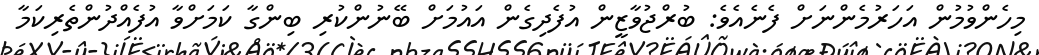
މިހެންވުމުން އަހަރުމެންނަށް ފެނެއެވެ: ބުރްޖުވާޒީން އުފެދިގެން އައުމަށް ބޭނުންކުރި ބިންގާ ކަމަށްވާ އުފެއްދުންތެރިކަމާ